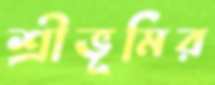
শ্রীভূমির